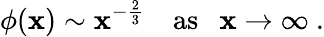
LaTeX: \phi(\mathbf{x})\sim\mathbf{x}^{-{\frac{{2}}{{3}}}}\quad\mathrm{{as}}\ \ \ \mathbf{x}\rightarrow\infty\ .